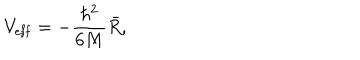
LaTeX: V _ { \mathrm { e f f } } = - \frac { \hbar ^ { 2 } } { 6 M } \bar { R } ,